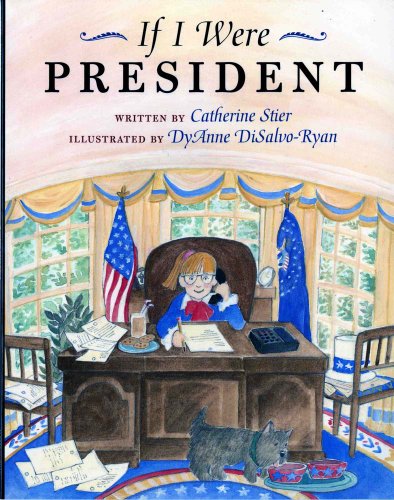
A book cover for If I Were President; Catherine Stier; Children's Books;